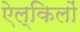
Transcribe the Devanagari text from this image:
ऐल्किलों